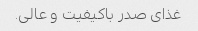
غذای صدر باکیفیت و عالی.